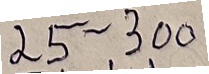
25 - 300